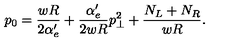
p _ { 0 } = \frac { w R } { 2 \alpha _ { e } ^ { \prime } } + \frac { \alpha _ { e } ^ { \prime } } { 2 w R } p _ { \perp } ^ { 2 } + \frac { N _ { L } + N _ { R } } { w R } .